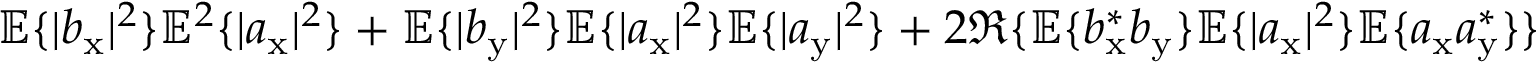
\mathbb { E } \{ | b _ { \mathrm { x } } | ^ { 2 } \} \mathbb { E } ^ { 2 } \{ | a _ { \mathrm { x } } | ^ { 2 } \} + \mathbb { E } \{ | b _ { \mathrm { y } } | ^ { 2 } \} \mathbb { E } \{ | a _ { \mathrm { x } } | ^ { 2 } \} \mathbb { E } \{ | a _ { \mathrm { y } } | ^ { 2 } \} + 2 \Re \{ \mathbb { E } \{ b _ { \mathrm { x } } ^ { \ast } b _ { \mathrm { y } } \} \mathbb { E } \{ | a _ { \mathrm { x } } | ^ { 2 } \} \mathbb { E } \{ a _ { \mathrm { x } } a _ { \mathrm { y } } ^ { \ast } \} \}